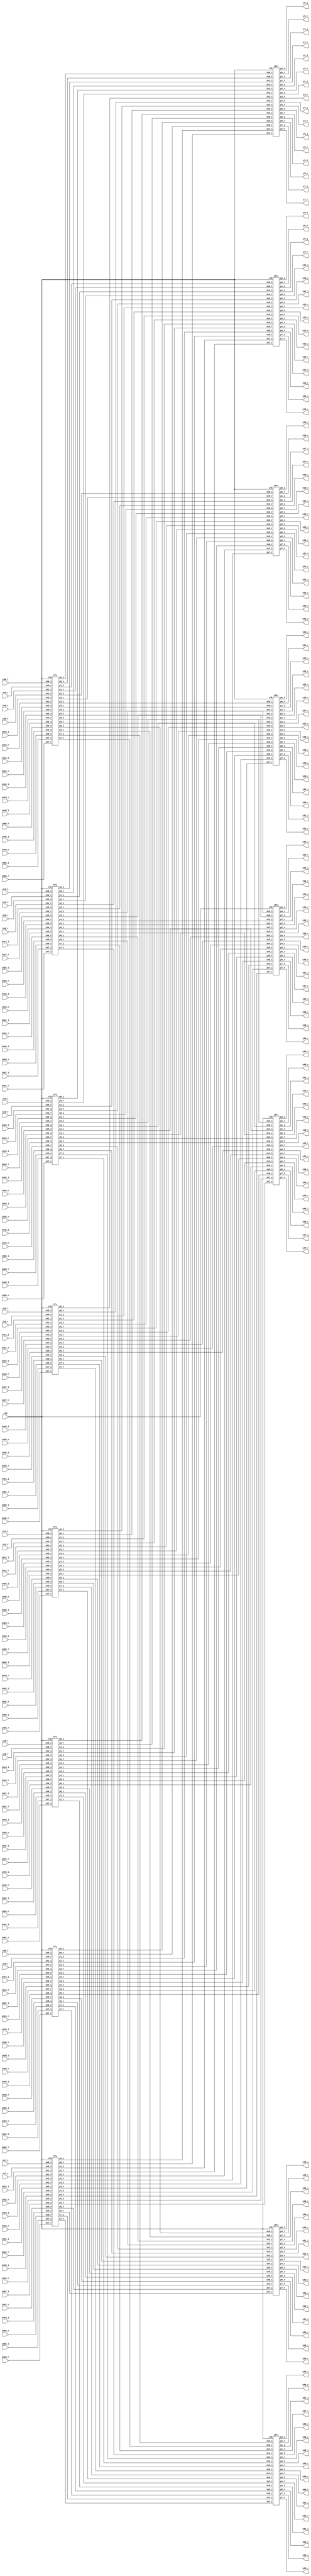
module SFFT (in0_r,in0_i,y0_r,y0_i,
in1_r,in1_i,y1_r,y1_i,
in2_r,in2_i,y2_r,y2_i,
in3_r,in3_i,y3_r,y3_i,
in4_r,in4_i,y4_r,y4_i,
in5_r,in5_i,y5_r,y5_i,
in6_r,in6_i,y6_r,y6_i,
in7_r,in7_i,y7_r,y7_i,
in8_r,in8_i,y8_r,y8_i,
in9_r,in9_i,y9_r,y9_i,
in10_r,in10_i,y10_r,y10_i,
in11_r,in11_i,y11_r,y11_i,
in12_r,in12_i,y12_r,y12_i,
in13_r,in13_i,y13_r,y13_i,
in14_r,in14_i,y14_r,y14_i,
in15_r,in15_i,y15_r,y15_i,
in16_r,in16_i,y16_r,y16_i,
in17_r,in17_i,y17_r,y17_i,
in18_r,in18_i,y18_r,y18_i,
in19_r,in19_i,y19_r,y19_i,
in20_r,in20_i,y20_r,y20_i,
in21_r,in21_i,y21_r,y21_i,
in22_r,in22_i,y22_r,y22_i,
in23_r,in23_i,y23_r,y23_i,
in24_r,in24_i,y24_r,y24_i,
in25_r,in25_i,y25_r,y25_i,
in26_r,in26_i,y26_r,y26_i,
in27_r,in27_i,y27_r,y27_i,
in28_r,in28_i,y28_r,y28_i,
in29_r,in29_i,y29_r,y29_i,
in30_r,in30_i,y30_r,y30_i,
in31_r,in31_i,y31_r,y31_i,
in32_r,in32_i,y32_r,y32_i,
in33_r,in33_i,y33_r,y33_i,
in34_r,in34_i,y34_r,y34_i,
in35_r,in35_i,y35_r,y35_i,
in36_r,in36_i,y36_r,y36_i,
in37_r,in37_i,y37_r,y37_i,
in38_r,in38_i,y38_r,y38_i,
in39_r,in39_i,y39_r,y39_i,
in40_r,in40_i,y40_r,y40_i,
in41_r,in41_i,y41_r,y41_i,
in42_r,in42_i,y42_r,y42_i,
in43_r,in43_i,y43_r,y43_i,
in44_r,in44_i,y44_r,y44_i,
in45_r,in45_i,y45_r,y45_i,
in46_r,in46_i,y46_r,y46_i,
in47_r,in47_i,y47_r,y47_i,
in48_r,in48_i,y48_r,y48_i,
in49_r,in49_i,y49_r,y49_i,
in50_r,in50_i,y50_r,y50_i,
in51_r,in51_i,y51_r,y51_i,
in52_r,in52_i,y52_r,y52_i,
in53_r,in53_i,y53_r,y53_i,
in54_r,in54_i,y54_r,y54_i,
in55_r,in55_i,y55_r,y55_i,
in56_r,in56_i,y56_r,y56_i,
in57_r,in57_i,y57_r,y57_i,
in58_r,in58_i,y58_r,y58_i,
in59_r,in59_i,y59_r,y59_i,
in60_r,in60_i,y60_r,y60_i,
in61_r,in61_i,y61_r,y61_i,
in62_r,in62_i,y62_r,y62_i,
in63_r,in63_i,y63_r,y63_i,clk);

input clk;
input[11:0] in0_r,in0_i,in1_r,in1_i,in2_r,in2_i,in3_r,in3_i,in4_r,in4_i,in5_r,in5_i,in6_r,in6_i,
            in7_r,in7_i,in8_r,in8_i,in9_r,in9_i,in10_r,in10_i,in11_r,in11_i,in12_r,in12_i,in13_r,in13_i,
            in14_r,in14_i,in15_r,in15_i,in16_r,in16_i,in17_r,in17_i,in18_r,in18_i,in19_r,in19_i,in20_r,in20_i,
            in21_r,in21_i,in22_r,in22_i,in23_r,in23_i,in24_r,in24_i,in25_r,in25_i,in26_r,in26_i,in27_r,in27_i,
            in28_r,in28_i,in29_r,in29_i,in30_r,in30_i,in31_r,in31_i,in32_r,in32_i,in33_r,in33_i,in34_r,in34_i,
            in35_r,in35_i,in36_r,in36_i,in37_r,in37_i,in38_r,in38_i,in39_r,in39_i,in40_r,in40_i,in41_r,in41_i,
            in42_r,in42_i,in43_r,in43_i,in44_r,in44_i,in45_r,in45_i,in46_r,in46_i,in47_r,in47_i,in48_r,in48_i,
            in49_r,in49_i,in50_r,in50_i,in51_r,in51_i,in52_r,in52_i,in53_r,in53_i,in54_r,in54_i,in55_r,in55_i,
            in56_r,in56_i,in57_r,in57_i,in58_r,in58_i,in59_r,in59_i,in60_r,in60_i,in61_r,in61_i,
            in62_r,in62_i,in63_r,in63_i;

output [11:0] y0_r,y0_i,y1_r,y1_i,y2_r,y2_i,y3_r,y3_i,y4_r,y4_i,y5_r,y5_i,y6_r,y6_i,y7_r,y7_i,y8_r,y8_i,y9_r,y9_i,
y10_r,y10_i,y11_r,y11_i,y12_r,y12_i,y13_r,y13_i,y14_r,y14_i,y15_r,y15_i,y16_r,y16_i,y17_r,y17_i,y18_r,y18_i,y19_r,y19_i,y20_r,y20_i,y21_r,y21_i,
y22_r,y22_i,y23_r,y23_i,y24_r,y24_i,y25_r,y25_i,y26_r,y26_i,y27_r,y27_i,y28_r,y28_i,y29_r,y29_i,y30_r,y30_i,y31_r,y31_i,y32_r,y32_i,y33_r,y33_i,y34_r,y34_i,y35_r,y35_i,y36_r,y36_i,y37_r,y37_i,y38_r,y38_i,y39_r,y39_i,
y40_r,y40_i,y41_r,y41_i,y42_r,y42_i,y43_r,y43_i,y44_r,y44_i,y45_r,y45_i,y46_r,y46_i,y47_r,y47_i,y48_r,y48_i,y49_r,y49_i,y50_r,y50_i,y51_r,y51_i,
y52_r,y52_i,y53_r,y53_i,y54_r,y54_i,y55_r,y55_i,y56_r,y56_i,y57_r,y57_i,y58_r,y58_i,y59_r,y59_i,y60_r,y60_i,y61_r,y61_i,y62_r,y62_i,y63_r,y63_i;

wire [23:0] p0,p1,p2,p3,p4,p5,p6,p7,p8,p9,p10,p11,p12,p13,p14,p15,p16,p17,p18,p19,p20,p21,p22,p23,p24,p25,p26,p27,p28,p29,p30,p31,p32,p33,p34,p35,p36,p37,p38,p39,p40,p41,
            p42,p43,p44,p45,p46,p47,p48,p49,p50,p51,p52,p53,p54,p55,p56,p57,p58,p59,p60,p61,p62,p63;

fft f1 (clk,in0_r,in0_i,in8_r,in8_i,in16_r,in16_i,in24_r,in24_i,in32_r,in32_i,in40_r,in40_i,in48_r,in48_i,in56_r,in56_i,p0[11:0],p0[23:12],p8[11:0],p8[23:12],p16[11:0],p16[23:12],p24[11:0],p24[23:12],p32[11:0],p32[23:12],p40[11:0],p40[23:12],p48[11:0],p48[23:12],p56[11:0],p56[23:12]);
fft f2 (clk,in1_r,in1_i,in9_r,in9_i,in17_r,in17_i,in25_r,in25_i,in33_r,in33_i,in41_r,in41_i,in49_r,in49_i,in57_r,in57_i,p1[11:0],p1[23:12],p9[11:0],p9[23:12],p17[11:0],p17[23:12],p25[11:0],p25[23:12],p33[11:0],p33[23:12],p41[11:0],p41[23:12],p49[11:0],p49[23:12],p57[11:0],p57[23:12]);
fft f3 (clk,in2_r,in2_i,in10_r,in10_i,in18_r,in18_i,in26_r,in26_i,in34_r,in34_i,in42_r,in42_i,in50_r,in50_i,in58_r,in58_i,p2[11:0],p2[23:12],p10[11:0],p10[23:12],p18[11:0],p18[23:12],p26[11:0],p26[23:12],p34[11:0],p34[23:12],p42[11:0],p42[23:12],p50[11:0],p50[23:12],p58[11:0],p58[23:12]);
fft f4 (clk,in3_r,in3_i,in11_r,in11_i,in19_r,in19_i,in27_r,in27_i,in35_r,in35_i,in43_r,in43_i,in51_r,in51_i,in59_r,in59_i,p3[11:0],p3[23:12],p11[11:0],p11[23:12],p19[11:0],p19[23:12],p27[11:0],p27[23:12],p35[11:0],p35[23:12],p43[11:0],p43[23:12],p51[11:0],p51[23:12],p59[11:0],p59[23:12]);
fft f5 (clk,in4_r,in4_i,in12_r,in12_i,in20_r,in20_i,in28_r,in28_i,in36_r,in36_i,in44_r,in44_i,in52_r,in52_i,in60_r,in60_i,p4[11:0],p4[23:12],p12[11:0],p12[23:12],p20[11:0],p20[23:12],p28[11:0],p28[23:12],p36[11:0],p36[23:12],p44[11:0],p44[23:12],p52[11:0],p52[23:12],p60[11:0],p60[23:12]);
fft f6 (clk,in5_r,in5_i,in13_r,in13_i,in21_r,in21_i,in29_r,in29_i,in37_r,in37_i,in45_r,in45_i,in53_r,in53_i,in61_r,in61_i,p5[11:0],p5[23:12],p13[11:0],p13[23:12],p21[11:0],p21[23:12],p29[11:0],p29[23:12],p37[11:0],p37[23:12],p45[11:0],p45[23:12],p53[11:0],p53[23:12],p61[11:0],p61[23:12]);
fft f7 (clk,in6_r,in6_i,in14_r,in14_i,in22_r,in22_i,in30_r,in30_i,in38_r,in38_i,in46_r,in46_i,in54_r,in54_i,in62_r,in62_i,p6[11:0],p6[23:12],p14[11:0],p14[23:12],p22[11:0],p22[23:12],p30[11:0],p30[23:12],p38[11:0],p38[23:12],p46[11:0],p46[23:12],p54[11:0],p54[23:12],p62[11:0],p62[23:12]);
fft f8 (clk,in7_r,in7_i,in15_r,in15_i,in23_r,in23_i,in31_r,in31_i,in39_r,in39_i,in47_r,in47_i,in55_r,in55_i,in63_r,in63_i,p7[11:0],p7[23:12],p15[11:0],p15[23:12],p23[11:0],p23[23:12],p31[11:0],p31[23:12],p39[11:0],p39[23:12],p47[11:0],p47[23:12],p55[11:0],p55[23:12],p63[11:0],p63[23:12]);




ifft i1 (clk,p0[11:0],p0[23:12],p1[11:0],p1[23:12],p2[11:0],p2[23:12],p3[11:0],p3[23:12],p4[11:0],p4[23:12],p5[11:0],p5[23:12],p6[11:0],p6[23:12],p7[11:0],p7[23:12],y0_r,y0_i,y1_r,y1_i,y2_r,y2_i,y3_r,y3_i,y4_r,y4_i,y5_r,y5_i,y6_r,y6_i,y7_r,y7_i);
ifft i2 (clk,p8[11:0],p8[23:12],p9[11:0],p9[23:12],p10[11:0],p10[23:12],p11[11:0],p11[23:12],p12[11:0],p12[23:12],p13[11:0],p13[23:12],p14[11:0],p14[23:12],p15[11:0],p15[23:12],y8_r,y8_i,y9_r,y9_i,y10_r,y10_i,y11_r,y11_i,y12_r,y12_i,y13_r,y13_i,y14_r,y14_i,y15_r,y15_i);
ifft i3 (clk,p16[11:0],p16[23:12],p17[11:0],p17[23:12],p18[11:0],p18[23:12],p19[11:0],p19[23:12],p20[11:0],p20[23:12],p21[11:0],p21[23:12],p22[11:0],p22[23:12],p23[11:0],p23[23:12],y16_r,y16_i,y17_r,y17_i,y18_r,y18_i,y19_r,y19_i,y20_r,y20_i,y21_r,y21_i,y22_r,y22_i,y23_r,y23_i);
ifft i4 (clk,p24[11:0],p24[23:12],p25[11:0],p25[23:12],p26[11:0],p26[23:12],p27[11:0],p27[23:12],p28[11:0],p28[23:12],p29[11:0],p29[23:12],p30[11:0],p30[23:12],p31[11:0],p31[23:12],y24_r,y24_i,y25_r,y25_i,y26_r,y26_i,y27_r,y27_i,y28_r,y28_i,y29_r,y29_i,y30_r,y30_i,y31_r,y31_i);
ifft i5 (clk,p32[11:0],p32[23:12],p33[11:0],p33[23:12],p34[11:0],p34[23:12],p35[11:0],p35[23:12],p36[11:0],p36[23:12],p37[11:0],p37[23:12],p38[11:0],p38[23:12],p39[11:0],p39[23:12],y32_r,y32_i,y33_r,y33_i,y34_r,y34_i,y35_r,y35_i,y36_r,y36_i,y37_r,y37_i,y38_r,y38_i,y39_r,y39_i);
ifft i6 (clk,p40[11:0],p40[23:12],p41[11:0],p41[23:12],p42[11:0],p42[23:12],p43[11:0],p43[23:12],p44[11:0],p44[23:12],p45[11:0],p45[23:12],p46[11:0],p46[23:12],p47[11:0],p47[23:12],y40_r,y40_i,y41_r,y41_i,y42_r,y42_i,y43_r,y43_i,y44_r,y44_i,y45_r,y45_i,y46_r,y46_i,y47_r,y47_i);
ifft i7 (clk,p48[11:0],p48[23:12],p49[11:0],p49[23:12],p50[11:0],p50[23:12],p51[11:0],p51[23:12],p52[11:0],p52[23:12],p53[11:0],p53[23:12],p54[11:0],p54[23:12],p55[11:0],p55[23:12],y48_r,y48_i,y49_r,y49_i,y50_r,y50_i,y51_r,y51_i,y52_r,y52_i,y53_r,y53_i,y54_r,y54_i,y55_r,y55_i);
ifft i8 (clk,p56[11:0],p56[23:12],p57[11:0],p57[23:12],p58[11:0],p58[23:12],p59[11:0],p59[23:12],p60[11:0],p60[23:12],p61[11:0],p61[23:12],p62[11:0],p62[23:12],p63[11:0],p63[23:12],y56_r,y56_i,y57_r,y57_i,y58_r,y58_i,y59_r,y59_i,y60_r,y60_i,y61_r,y61_i,y62_r,y62_i,y63_r,y63_i);
endmodule




module ifft(clk,in0_r,in0_i,in1_r,in1_i,in2_r,in2_i,in3_r,in3_i,in4_r,in4_i,in5_r,in5_i,in6_r,in6_i,
            in7_r,in7_i,y0_r,y0_i,y1_r,y1_i,y2_r,y2_i,y3_r,y3_i,y4_r,y4_i,y5_r,y5_i,y6_r,y6_i,y7_r,y7_i);
input clk;
//output reg [11:0] yr,yi;
input[11:0] in0_r,in0_i,in1_r,in1_i,in2_r,in2_i,in3_r,in3_i,in4_r,in4_i,in5_r,in5_i,in6_r,in6_i,in7_r,in7_i;
wire [11:0] y0r,y1r,y2r,y3r,y4r,y5r,y6r,y7r,y0i,y1i,y2i,y3i,y4i,y5i,y6i,y7i;
wire [11:0] in20r,in20i,in21r,in21i,in22r,in22i,in23r,in23i,in24r,in24i,in25r,in25i,in26r,in26i,in27r,in27i;
wire [11:0] in10r,in10i,in11r,in11i,in12r,in12i,in13r,in13i,in14r,in14i,in15r,in15i,in16r,in16i,in17r,in17i;
output[11:0] y0_r,y1_r,y2_r,y3_r,y4_r,y5_r,y6_r,y7_r,y0_i,y1_i,y2_i,y3_i,y4_i,y5_i,y6_i,y7_i;
parameter w0r=9'b1;
parameter w0i=9'b0;
parameter w1r=9'b010110101;                                        
parameter w1i=9'b010110101;                                        
parameter w2r=9'b0;
parameter w2i=9'b000000001;                                       
parameter w3r=9'b101001011;                                   
parameter w3i=9'b010110101; 
parameter N_inv=4'b0001;                                       

//STAGE 1
bfly_1 s11(in0_r,in0_i,in4_r,in4_i,w0r,w0i,in10r,in10i,in11r,in11i);              
bfly_1 s12(in2_r,in2_i,in6_r,in6_i,w0r,w0i,in12r,in12i,in13r,in13i);              
bfly_1 s13(in1_r,in1_i,in5_r,in5_i,w0r,w0i,in14r,in14i,in15r,in15i);              
bfly_1 s14(in3_r,in3_i,in7_r,in7_i,w0r,w0i,in16r,in16i,in17r,in17i);              
//STAGE 2
bfly_1 s21(in10r,in10i,in12r,in12i,w0r,w0i,in20r,in20i,in22r,in22i);
bfly_1 s22(in11r,in11i,in13r,in13i,w2r,w2i,in21r,in21i,in23r,in23i);
bfly_1 s23(in14r,in14i,in16r,in16i,w0r,w0i,in24r,in24i,in26r,in26i);
bfly_1 s24(in15r,in15i,in17r,in17i,w2r,w2i,in25r,in25i,in27r,in27i);

//STAGE 3
bfly_1 s31(in20r,in20i,in24r,in24i,w0r,w0i,y0r,y0i,y4r,y4i);
bfly_2 s32(in21r,in21i,in25r,in25i,w1r,w1i,y1r,y1i,y5r,y5i);
bfly_1 s33(in22r,in22i,in26r,in26i,w2r,w2i,y2r,y2i,y6r,y6i);
bfly_2 s34(in23r,in23i,in27r,in27i,w3r,w3i,y3r,y3i,y7r,y7i);
//Divide by N
divide_N d0(y0r,y0i,N_inv,y0_r,y0_i);
divide_N d1(y1r,y1i,N_inv,y1_r,y1_i);
divide_N d2(y2r,y2i,N_inv,y2_r,y2_i);
divide_N d3(y3r,y3i,N_inv,y3_r,y3_i);
divide_N d4(y4r,y4i,N_inv,y4_r,y4_i);
divide_N d5(y5r,y5i,N_inv,y5_r,y5_i);
divide_N d6(y6r,y6i,N_inv,y6_r,y6_i);
divide_N d7(y7r,y7i,N_inv,y7_r,y7_i);

endmodule

module fft(clk,in0_r,in0_i,in1_r,in1_i,in2_r,in2_i,in3_r,in3_i,in4_r,in4_i,in5_r,in5_i,in6_r,in6_i,
            in7_r,in7_i,y0_r,y0_i,y1_r,y1_i,y2_r,y2_i,y3_r,y3_i,y4_r,y4_i,y5_r,y5_i,y6_r,y6_i,y7_r,y7_i);
input clk;
output [11:0] y0_r,y0_i,y1_r,y1_i,y2_r,y2_i,y3_r,y3_i,y4_r,y4_i,y5_r,y5_i,y6_r,y6_i,y7_r,y7_i;
wire [11:0] in20r,in20i,in21r,in21i,in22r,in22i,in23r,in23i,in24r,in24i,in25r,in25i,in26r,in26i,in27r,in27i;
wire [11:0] in10r,in10i,in11r,in11i,in12r,in12i,in13r,in13i,in14r,in14i,in15r,in15i,in16r,in16i,in17r,in17i;
input [11:0] in0_r,in1_r,in2_r,in3_r,in4_r,in5_r,in6_r,in7_r,in0_i,in1_i,in2_i,in3_i,in4_i,in5_i,in6_i,in7_i;
parameter w0r=9'b1;
parameter w0i=9'b0;
parameter w1r=9'b010110101;                                        
parameter w1i=9'b101001011;                                        
parameter w2r=9'b0;
parameter w2i=9'b111111111;                                       
parameter w3r=9'b101001011;                                   
parameter w3i=9'b101001011;                                        
 
//STAGE 1
bfly_1 s11(in0_r,in0_i,in4_r,in4_i,w0r,w0i,in10r,in10i,in11r,in11i);              
bfly_1 s12(in2_r,in2_i,in6_r,in6_i,w0r,w0i,in12r,in12i,in13r,in13i);              
bfly_1 s13(in1_r,in1_i,in5_r,in5_i,w0r,w0i,in14r,in14i,in15r,in15i);              
bfly_1 s14(in3_r,in3_i,in7_r,in7_i,w0r,w0i,in16r,in16i,in17r,in17i);              
//STAGE 2
bfly_1 s21(in10r,in10i,in12r,in12i,w0r,w0i,in20r,in20i,in22r,in22i);
bfly_1 s22(in11r,in11i,in13r,in13i,w2r,w2i,in21r,in21i,in23r,in23i);
bfly_1 s23(in14r,in14i,in16r,in16i,w0r,w0i,in24r,in24i,in26r,in26i);
bfly_1 s24(in15r,in15i,in17r,in17i,w2r,w2i,in25r,in25i,in27r,in27i);

//STAGE 3
bfly_1 s31(in20r,in20i,in24r,in24i,w0r,w0i,y0_r,y0_i,y4_r,y4_i);
bfly_2 s32(in21r,in21i,in25r,in25i,w1r,w1i,y1_r,y1_i,y5_r,y5_i);
bfly_1 s33(in22r,in22i,in26r,in26i,w2r,w2i,y2_r,y2_i,y6_r,y6_i);
bfly_2 s34(in23r,in23i,in27r,in27i,w3r,w3i,y3_r,y3_i,y7_r,y7_i);

endmodule


module bfly_1(inr,ini,yr,yi,wr,wi,in0r,in0i,in1r,in1i);
input signed [11:0]inr,ini,yr,yi;
input signed [8:0]wr,wi;
output [11:0]in0r,in0i,in1r,in1i;
wire [20:0]p1,p2,p3,p4;
assign p1=wr*yr;
assign p2=wi*yi;
assign p3=wr*yi;
assign p4=wi*yr;
assign in0r=inr+p1[11:0]-p2[11:0];
assign in0i=ini+p3[11:0]+p4[11:0];
assign in1r=inr-p1[11:0]+p2[11:0];
assign in1i=ini-p3[11:0]-p4[11:0];
endmodule

module bfly_2(inr,ini,yr,yi,wr,wi,in0r,in0i,in1r,in1i);
input signed [11:0]inr,ini,yr,yi;
input signed [8:0]wr,wi;
output [11:0]in0r,in0i,in1r,in1i;
wire [20:0]p1,p2,p3,p4;
assign p1=wr*yr;
assign p2=wi*yi;
assign p3=wr*yi;
assign p4=wi*yr;
assign in0r=inr+p1[19:8]-p2[19:8];
assign in0i=ini+p3[19:8]+p4[19:8];
assign in1r=inr-p1[19:8]+p2[19:8];
assign in1i=ini-p3[19:8]-p4[19:8];
endmodule

module divide_N (y_r,y_i,n_inv,yr,yi);
input signed [3:0] n_inv;
input signed [11:0] y_r,y_i;
wire [15:0] p1,p2;
output [11:0]yr,yi;
assign p1=y_r*n_inv;
assign yr=p1[14:3];
assign p2=y_i*n_inv;
assign yi=p2[14:3];
    
endmodule